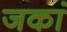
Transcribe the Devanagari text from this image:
जकां